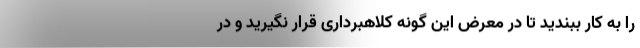
را به کار ببندید تا در معرض این ‌گونه کلاهبرداری قرار نگیرید و در